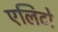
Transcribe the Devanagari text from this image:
एलिटो